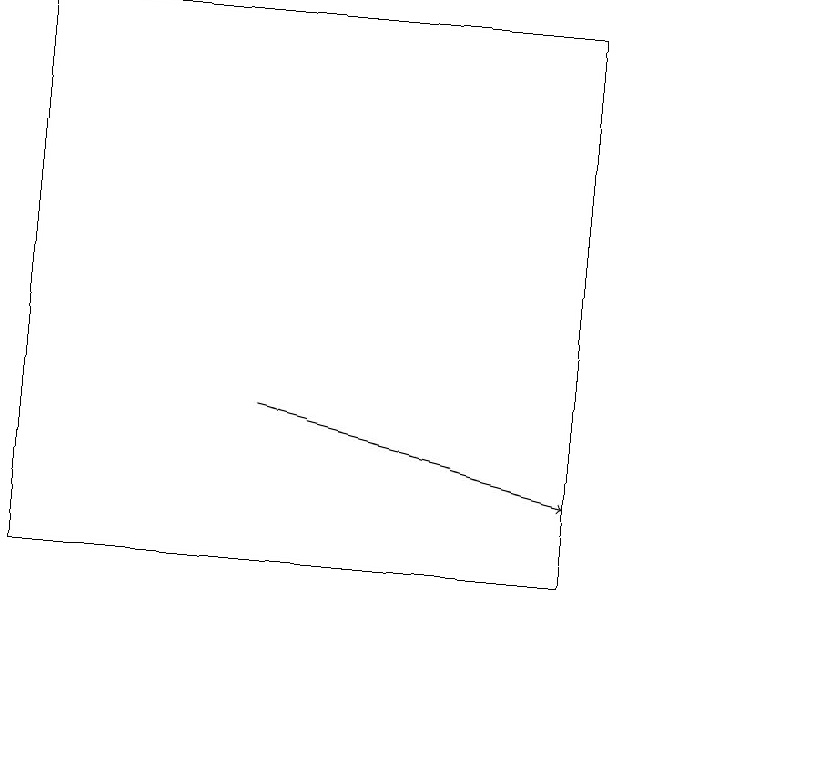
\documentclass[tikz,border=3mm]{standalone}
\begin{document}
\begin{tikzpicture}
\draw (10,10) circle (0);
\draw (0,19) rectangle (7,12);
\draw[->] (3,14) -- (7,13);
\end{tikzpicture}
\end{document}